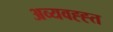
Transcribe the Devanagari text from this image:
अव्यवह्ह्त